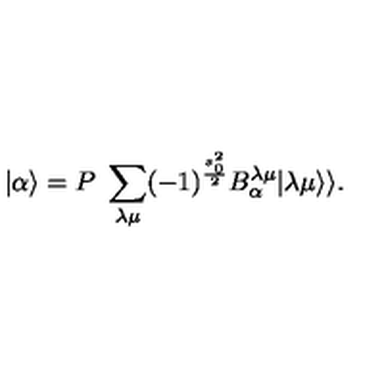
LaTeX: | \alpha \rangle = P \ \sum _ { \lambda \mu } ( - 1 ) ^ { \frac { s _ { 0 } ^ { 2 } } { 2 } } B _ { \alpha } ^ { \lambda \mu } | \lambda \mu \rangle \rangle .